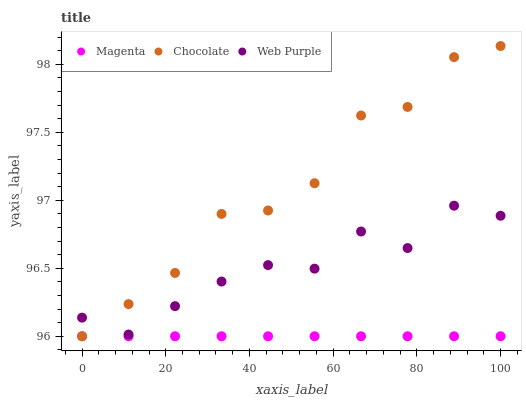
| xaxis_label | Magenta | Chocolate | Web Purple |
 | --- | --- | --- | --- |
 | 0 | 96 | 96 | 96.1 |
 | 11.1 | 96 | 96.2 | 96 |
 | 22.2 | 96 | 96.5 | 96.2 |
 | 33.3 | 96 | 96.9 | 96.4 |
 | 44.4 | 96 | 96.9 | 96.5 |
 | 55.6 | 96 | 97.1 | 96.5 |
 | 66.7 | 96 | 97.6 | 96.8 |
 | 77.8 | 96 | 97.7 | 96.6 |
 | 88.9 | 96 | 98.1 | 97 |
 | 100 | 96 | 98.1 | 96.9 |